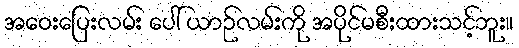
အဝေးပြေးလမ်း ပေါ် ယာဉ်လမ်းကို အပိုင်မစီးထားသင့်ဘူး။